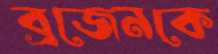
ব্রজেনকে